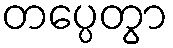
တပ္ပေတွာ